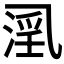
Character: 𱎍